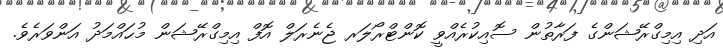
އަދި އިމިގްރޭޝަންގެ ފަރާތުން ސޮއިކުރެއްވީ ކޮންޓްރޯލަރ ޖެނެރަލް އޮފް އިމިގްރޭޝަން މުޙައްމަދު އަންވަރެވެ.